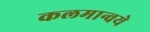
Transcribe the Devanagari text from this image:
कलमान्वये